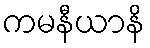
ကမနီယာနိ